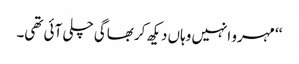
‘‘ مہرو انہیں وہاں دیکھ کر بھاگی چلی آئی تھی۔